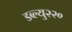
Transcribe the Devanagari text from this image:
डब्ल्यु२२०